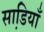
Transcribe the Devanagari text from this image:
साडि़याँ